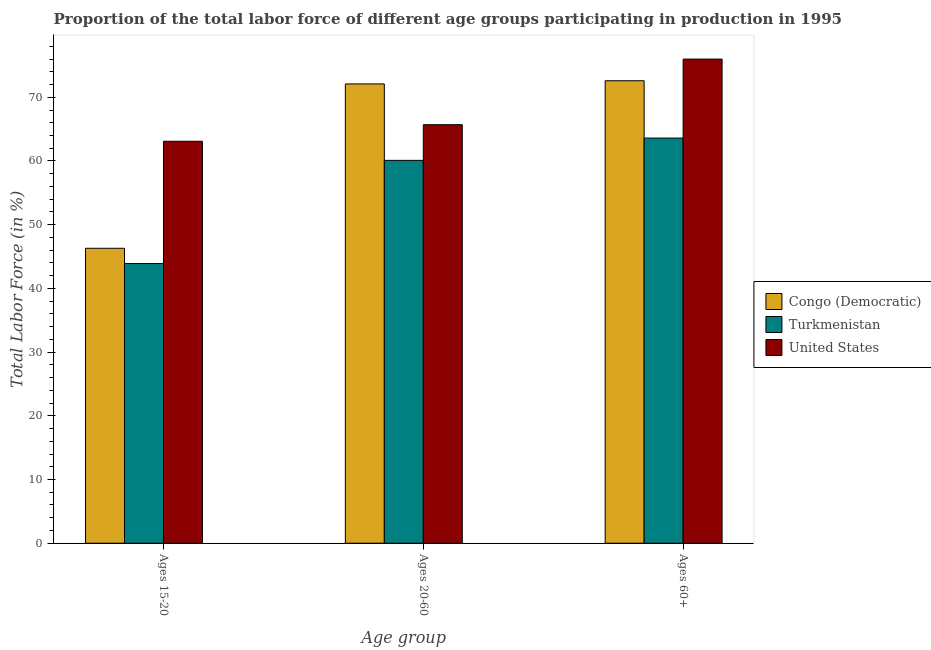
| Age group | Congo (Democratic) | Turkmenistan | United States |
 | --- | --- | --- | --- |
 | Ages 15-20 | 46.3 | 43.9 | 63.1 |
 | Ages 20-60 | 72.1 | 60.1 | 65.7 |
 | Ages 60+ | 72.6 | 63.6 | 76 |